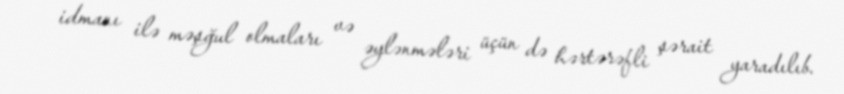
idmanı ilə məşğul olmaları və əylənmələri üçün də hərtərəfli şərait yaradılıb.